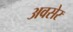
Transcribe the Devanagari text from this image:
अवसेर